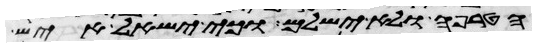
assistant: הטרפה ולא ישלם וכי ישאל איש